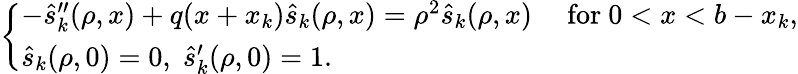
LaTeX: \left\{ \begin{array}{ll}{-\widehat{s}_{k}^{\prime\prime}(\rho,x)+q(x+x_{k})\widehat{s}_{k}(\rho,x)=\rho^{2}\widehat{s}_{k}(\rho,x)\quad\mathrm{~for~}0<x<b-x_{k},}\\ {\widehat{s}_{k}(\rho,0)=0,\; \widehat{s}_{k}^{\prime}(\rho,0)=1.}\end{array}\right.